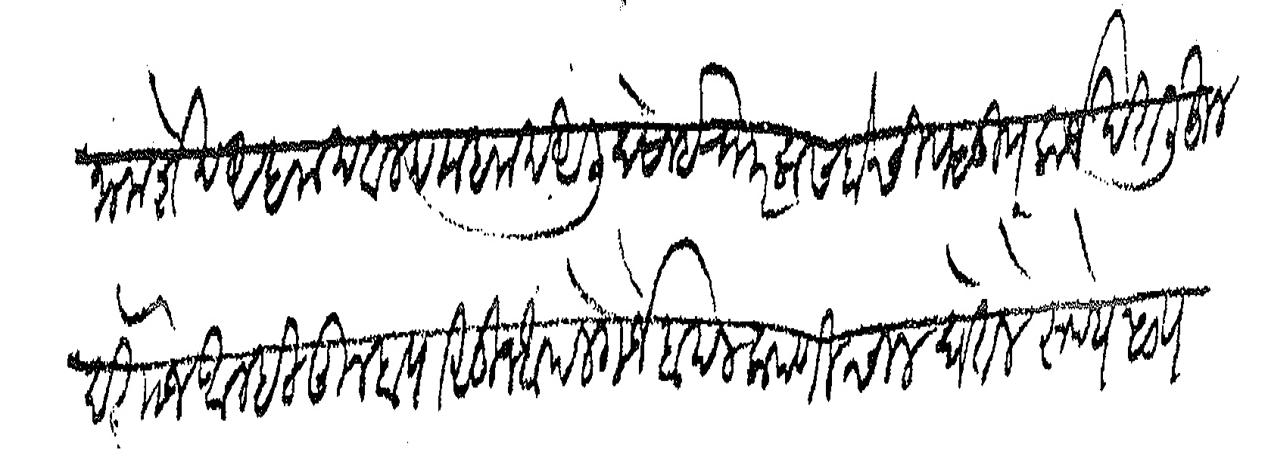
Transliteration (Devanagari): नाम शेख अहमद बलद महमद अली देसाई रा।र कसबे चिपळूण कर्जखत लिहून देतो जे आम्ही तुम्हापासून आपले गर्जेबदल कपणी चाल घेतले रुपये ५० पनास